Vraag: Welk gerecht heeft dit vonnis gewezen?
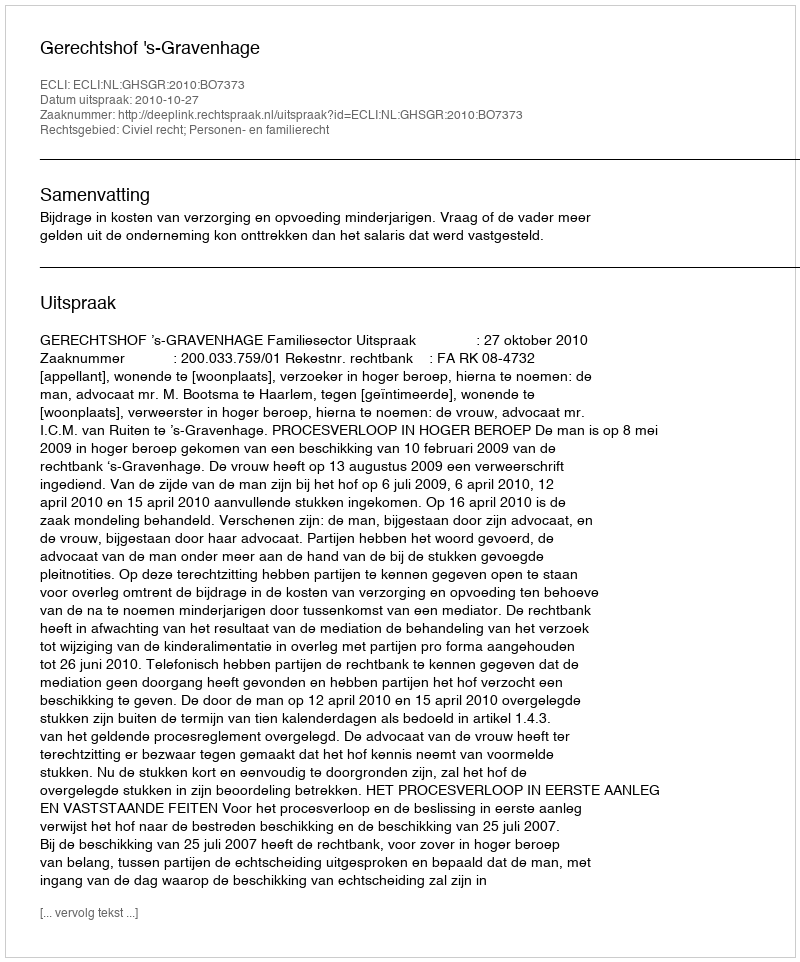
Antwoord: Gerechtshof 's-Gravenhage